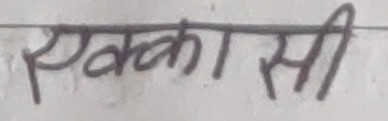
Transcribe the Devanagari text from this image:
एक्कासी